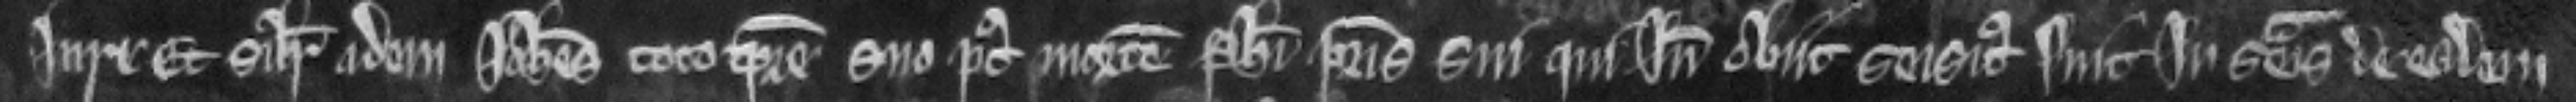
jure Et similiter idem Johannes toto tempore suo post mortem Philippi patris sui qui inde obiit seisitus fuit in seisina de eadem